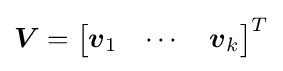
{\boldsymbol {V}}={\begin{bmatrix}{\boldsymbol {v}}_{1}&\cdots &{\boldsymbol {v}}_{k}\end{bmatrix}}^{T}